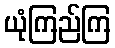
ယုံကြည်ကြ